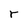
Character: r